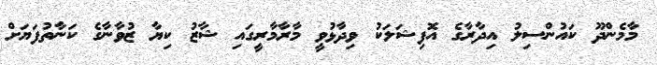
މާމެންދޫ ކައުންސިލު އިދާރާގެ އޮފިޝަލަކު ވިދާޅުވީ މާރާމާރީގައި ޝާޒު ކިޔާ ޒުވާނާގެ ކަނާތުފަޔަށް